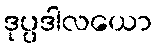
ဒုပ္ပဒါလယော